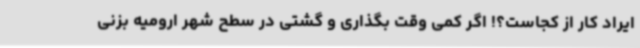
ایراد کار از کجاست؟! اگر کمی وقت بگذاری و گشتی در سطح شهر ارومیه بزنی